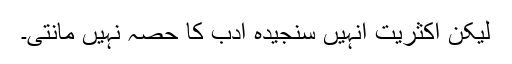
لیکن اکثریت انہیں سنجیدہ ادب کا حصہ نہیں مانتی۔